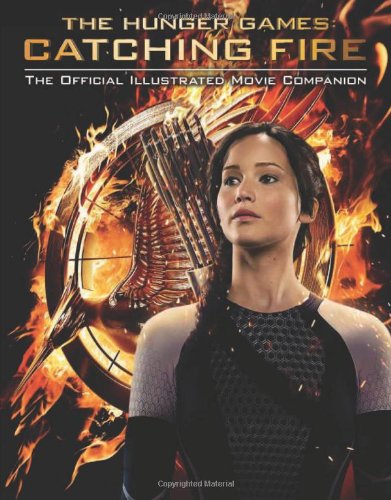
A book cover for Catching Fire: The Official Illustrated Movie Companion (The Hunger Games); Kate Egan; Teen & Young Adult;